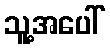
သူ့အပေါ်